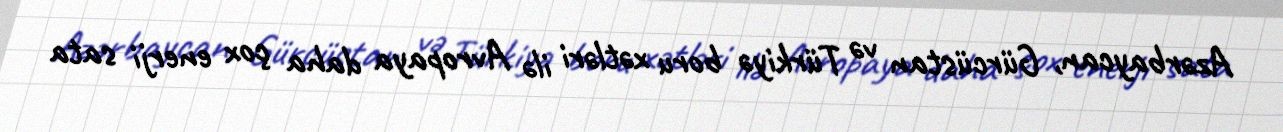
Azərbaycan, Gürcüstan və Türkiyə boru xətləri ilə Avropaya daha çox enerji sata